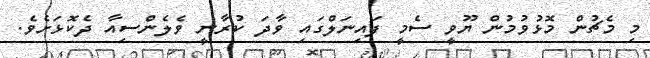
މި މެޗުން މޮޅުވުމުން ޔޫވީ ސެމީ ފައިނަލްގައި ވާދަ ކުރާނީ ވެލެންސިއާ ދެކޮޅަށެވެ.